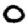
Digit: 0